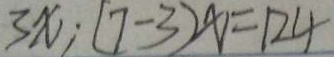
3 x \cdot ( 7 - 3 ) x = 1 2 4